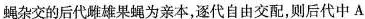
蝇杂交的后代雌雄果蝇为亲本，逐代自由交配，则后代中A